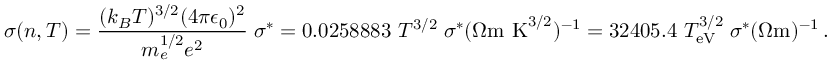
\sigma ( n , T ) = \frac { ( k _ { B } T ) ^ { 3 / 2 } ( 4 \pi \epsilon _ { 0 } ) ^ { 2 } } { m _ { e } ^ { 1 / 2 } e ^ { 2 } } \; \sigma ^ { * } = 0 . 0 2 5 8 8 8 3 \, \, T ^ { 3 / 2 } \; \sigma ^ { * } ( \Omega \mathrm { m \, \, K } ^ { 3 / 2 } ) ^ { - 1 } = 3 2 4 0 5 . 4 \, \, T _ { \mathrm { e V } } ^ { 3 / 2 } \; \sigma ^ { * } ( \Omega \mathrm { m } ) ^ { - 1 } \, .